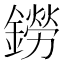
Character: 鐒